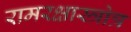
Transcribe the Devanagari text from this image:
रामरक्षास्त्रोत्र